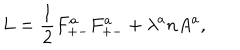
L = { \frac { 1 } { 2 } } F _ { + - } ^ { a } F _ { + - } ^ { a } + \lambda ^ { a } n A ^ { a } ,